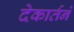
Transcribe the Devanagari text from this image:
देकार्तने